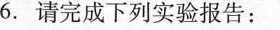
6.请完成下列实验报告：